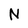
Character: N